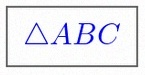
\triangle ABC